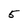
Character: 5